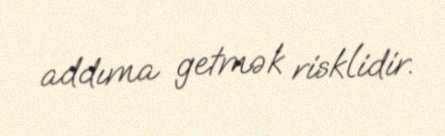
addıma getmək risklidir.